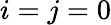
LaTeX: i=j=0